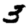
Digit: 3